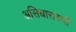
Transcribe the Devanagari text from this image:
असिधारारुपी